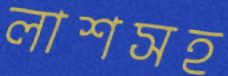
লাশসহ